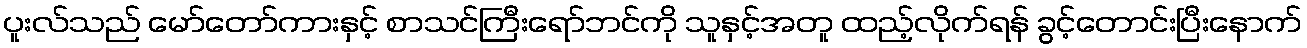
ပူးလ်သည် မော်တော်ကားနှင့် စာသင်ကြီးရော်ဘင်ကို သူနှင့်အတူ ထည့်လိုက်ရန် ခွင့်တောင်းပြီးနောက်